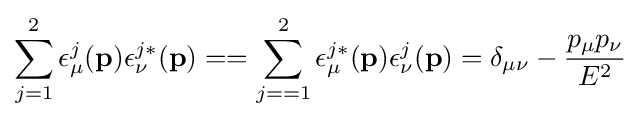
\sum _{j=1}^{2}\epsilon _{\mu }^{j}(\mathbf {p} )\epsilon _{\nu }^{j*}(\mathbf {p} )==\sum _{j==1}^{2}\epsilon _{\mu }^{j*}(\mathbf {p} )\epsilon _{\nu }^{j}(\mathbf {p} )=\delta _{\mu \nu }-{p_{\mu }p_{\nu } \over E^{2}}